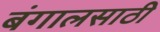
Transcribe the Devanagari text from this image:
बंगालसाठी